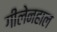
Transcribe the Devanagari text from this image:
गीलेनहाल